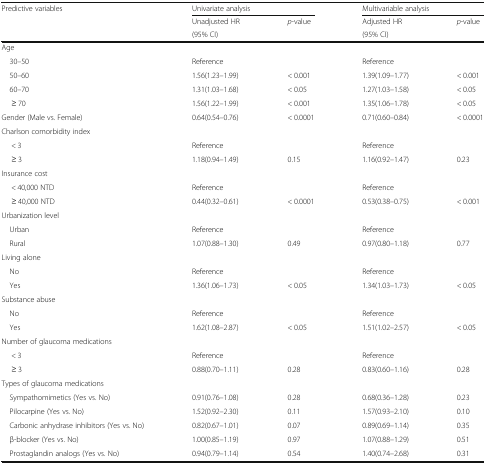
<table><thead><tr><td rowspan="3"><b>Predictive variables</b></td><td colspan="2"><b>Univariate analysis</b></td><td colspan="2"><b>Multivariable analysis</b></td></tr><tr><td><b>Unadjusted HR</b></td><td rowspan="2"><b><i>p</i>-value</b></td><td><b>Adjusted HR</b></td><td rowspan="2"><b><i>p</i>-value</b></td></tr><tr><td><b>(95% CI)</b></td><td><b>(95% CI)</b></td></tr></thead><tbody><tr><td colspan="5">Age</td></tr><tr><td> 30–50</td><td>Reference</td><td></td><td>Reference</td><td></td></tr><tr><td> 50–60</td><td>1.56(1.23–1.99)</td><td>&lt; 0.001</td><td>1.39(1.09–1.77)</td><td>&lt; 0.001</td></tr><tr><td> 60–70</td><td>1.31(1.03–1.68)</td><td>&lt; 0.05</td><td>1.27(1.03–1.58)</td><td>&lt; 0.05</td></tr><tr><td>≥ 70</td><td>1.56(1.22–1.99)</td><td>&lt; 0.001</td><td>1.35(1.06–1.78)</td><td>&lt; 0.05</td></tr><tr><td>Gender (Male vs. Female)</td><td>0.64(0.54–0.76)</td><td>&lt; 0.0001</td><td>0.71(0.60–0.84)</td><td>&lt; 0.0001</td></tr><tr><td colspan="5">Charlson comorbidity index</td></tr><tr><td>&lt; 3</td><td>Reference</td><td></td><td>Reference</td><td></td></tr><tr><td>≥ 3</td><td>1.18(0.94–1.49)</td><td>0.15</td><td>1.16(0.92–1.47)</td><td>0.23</td></tr><tr><td colspan="5">Insurance cost</td></tr><tr><td>&lt; 40,000 NTD</td><td>Reference</td><td></td><td>Reference</td><td></td></tr><tr><td>≥ 40,000 NTD</td><td>0.44(0.32–0.61)</td><td>&lt; 0.0001</td><td>0.53(0.38–0.75)</td><td>&lt; 0.001</td></tr><tr><td colspan="5">Urbanization level</td></tr><tr><td> Urban</td><td>Reference</td><td></td><td>Reference</td><td></td></tr><tr><td> Rural</td><td>1.07(0.88–1.30)</td><td>0.49</td><td>0.97(0.80–1.18)</td><td>0.77</td></tr><tr><td colspan="5">Living alone</td></tr><tr><td> No</td><td>Reference</td><td></td><td>Reference</td><td></td></tr><tr><td> Yes</td><td>1.36(1.06–1.73)</td><td>&lt; 0.05</td><td>1.34(1.03–1.73)</td><td>&lt; 0.05</td></tr><tr><td colspan="5">Substance abuse</td></tr><tr><td> No</td><td>Reference</td><td></td><td>Reference</td><td></td></tr><tr><td> Yes</td><td>1.62(1.08–2.87)</td><td>&lt; 0.05</td><td>1.51(1.02–2.57)</td><td>&lt; 0.05</td></tr><tr><td colspan="5">Number of glaucoma medications</td></tr><tr><td>&lt; 3</td><td>Reference</td><td></td><td>Reference</td><td></td></tr><tr><td>≥ 3</td><td>0.88(0.70–1.11)</td><td>0.28</td><td>0.83(0.60–1.16)</td><td>0.28</td></tr><tr><td colspan="5">Types of glaucoma medications</td></tr><tr><td> Sympathomimetics (Yes vs. No)</td><td>0.91(0.76–1.08)</td><td>0.28</td><td>0.68(0.36–1.28)</td><td>0.23</td></tr><tr><td> Pilocarpine (Yes vs. No)</td><td>1.52(0.92–2.30)</td><td>0.11</td><td>1.57(0.93–2.10)</td><td>0.10</td></tr><tr><td> Carbonic anhydrase inhibitors (Yes vs. No)</td><td>0.82(0.67–1.01)</td><td>0.07</td><td>0.89(0.69–1.14)</td><td>0.35</td></tr><tr><td> β-blocker (Yes vs. No)</td><td>1.00(0.85–1.19)</td><td>0.97</td><td>1.07(0.88–1.29)</td><td>0.51</td></tr><tr><td> Prostaglandin analogs (Yes vs. No)</td><td>0.94(0.79–1.14)</td><td>0.54</td><td>1.40(0.74–2.68)</td><td>0.31</td></tr></tbody></table>